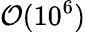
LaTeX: \mathcal{O}(10^{6})